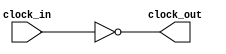
module clock_inverter(clock_in,clock_out);
	input clock_in; // input clock on FPGA
	output clock_out; // output clock after dividing the input clock by divisor
	not invClk(clock_out, clock_in);
endmodule